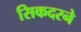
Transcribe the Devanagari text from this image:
सिकदरने